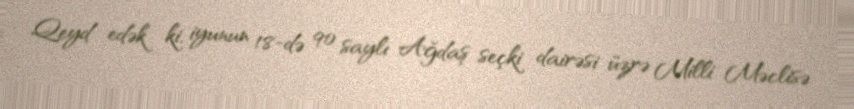
Qeyd edək ki, iyunun 18-də 90 saylı Ağdaş seçki dairəsi üzrə Milli Məclisə